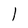
Character: l